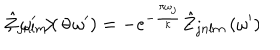
LaTeX: \hat { Z } _ { j n l m } \left( - \omega ^ { \prime } \right) = - e ^ { - { \frac { \pi \omega _ { j } } { \kappa } } } \hat { Z } _ { j n l m } \left( \omega ^ { \prime } \right) \hspace { 1 c m } , \ \omega ^ { \prime } > 0 \; .